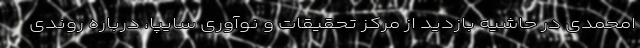
امحمدی در حاشیه بازدید از مرکز تحقیقات و نوآوری سایپا، درباره روندی